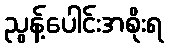
ညွန့်ပေါင်းအစိုးရ